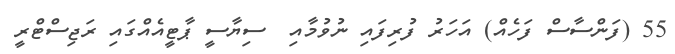
55 (ފަންސާސް ފަހެއް) އަހަރު ފުރިފައި ނުވުމާއި  ސިޔާސީ ޕާޓީއެއްގައި ރަޖިސްޓްރީ